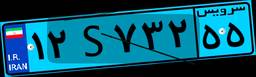
۰۴S۵۷۴۵۶